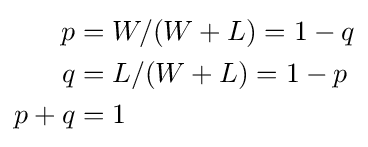
{\begin{aligned}p&=W/(W+L)=1-q\\q&=L/(W+L)=1-p\\p+q&=1\end{aligned}}